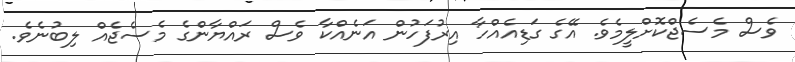
ވެސް މެސެޖްކޮށްލީމެވެ. އޭގެ ގަޑިއެއްހާ އިރުފަހުން އަނެއްކާ ވެސް ރައްޔާންގެ މެސެޖެއް ލިބުނެވެ.